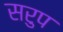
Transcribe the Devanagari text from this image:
सरुप